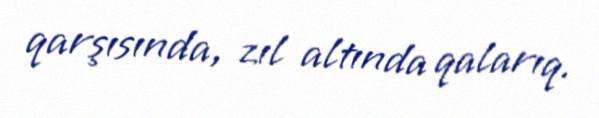
qarşısında, zıl altında qalarıq.